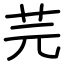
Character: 芫